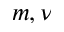
m , \nu